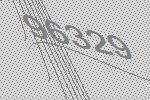
96329